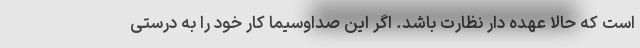
است که حالا عهده دار نظارت باشد. اگر این صداوسیما کار خود را به درستی